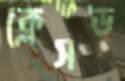
ক্লেসড